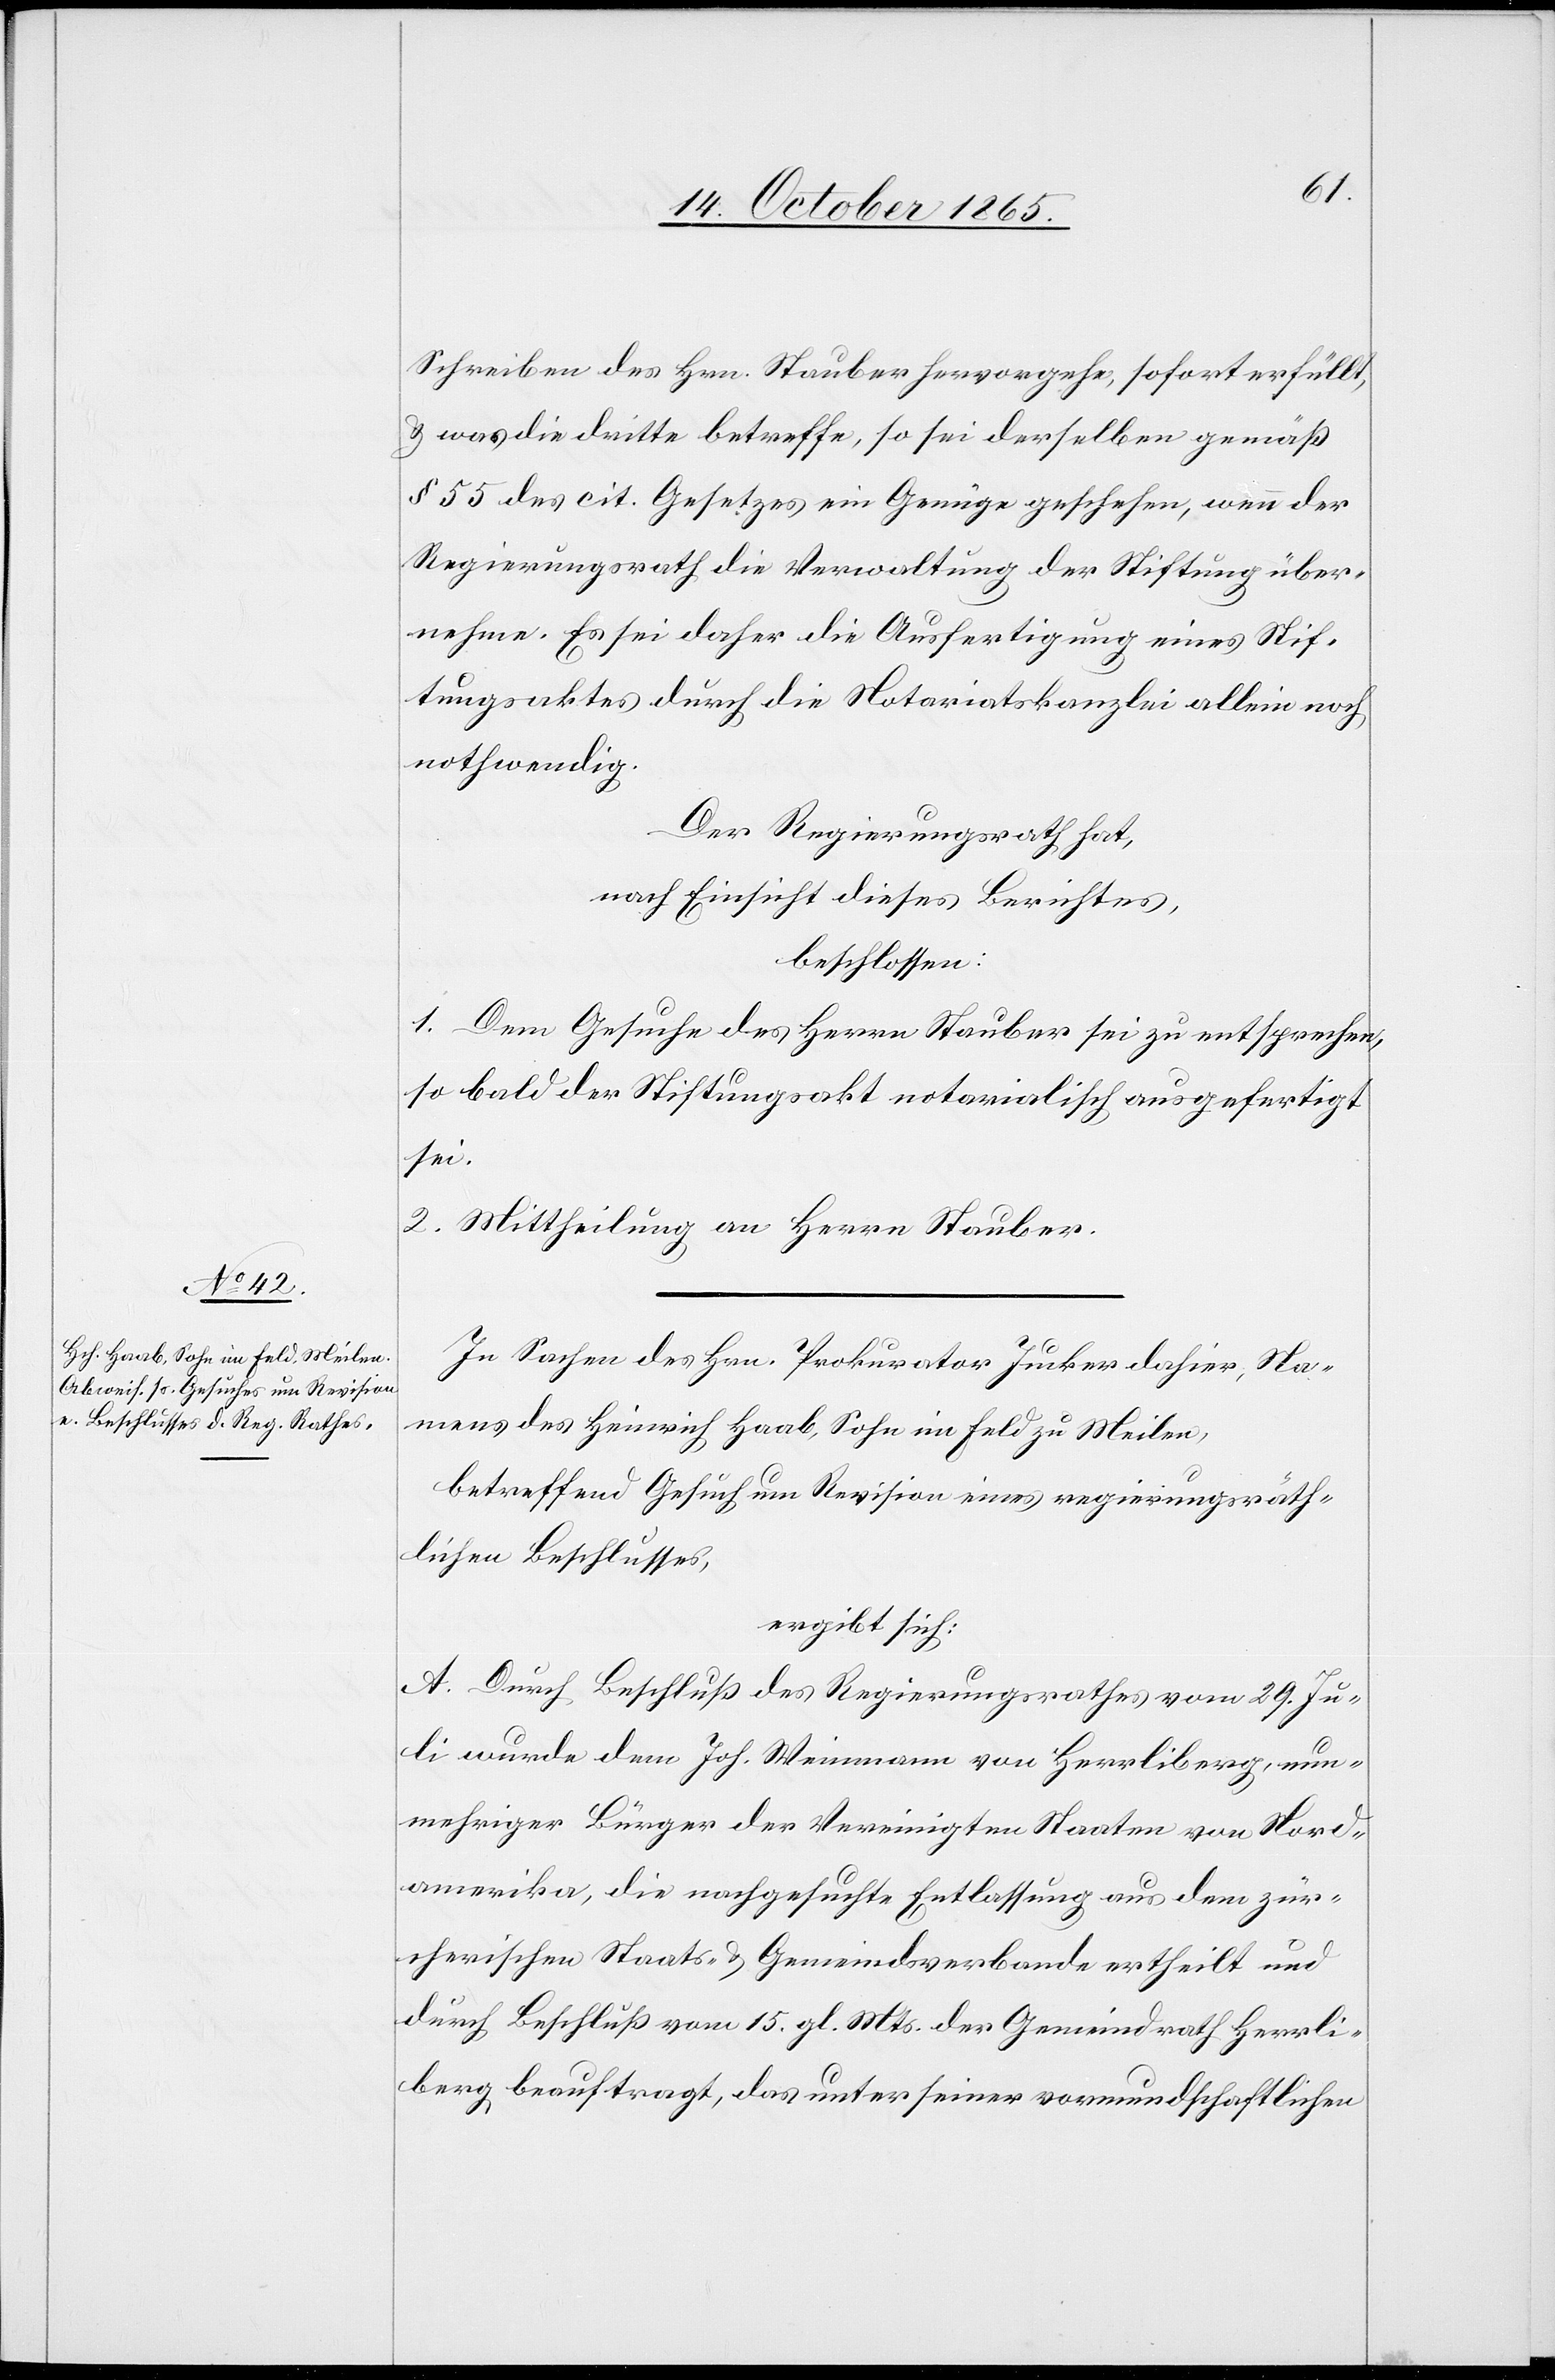
Schreiben des Hrn. Stauber hervorgehe, sofort erfüllt,
& was die dritte betreffe, so sei derselben gemäß
§ 55 des cit. Gesetzes ein Genüge geschehen, wenn der
Regierungsrath die Verwaltung der Stiftung über¬
nehme. Es sei daher die Ausfertigung eines Stif¬
tungsaktes durch die Notariatskanzlei allein noch
nothwendig.
Der Regierungsrath hat,
nach Einsicht dieses Berichtes,
beschlossen:
1. Dem Gesuche des Herrn Stauber sei zu entsprechen,
sobald der Stiftungsakt notarialisch ausgefertigt
sei.
2. Mittheilung an Herrn Stauber.
In Sachen des Hrn. Prokurator Jucker dahier, Na¬
mens des Heinrich Haab, Sohn im Feld zu Meilen,
betreffend Gesuch um Revision eines regierungsräth¬
lichen Beschlusses,
ergibt sich:
A. Durch Beschluß des Regierungsrathes vom 29. Ju¬
li wurde dem Joh. Weinmann von Herrliberg, nun¬
mehriger Bürger der Vereinigten Staaten von Nord¬
amerika, die nachgesuchte Entlassung aus dem zür¬
cherischen Staats- & Gemeindsverbande ertheilt und
durch Beschluß vom 15. gl. Mts. der Gemeindrath Herrli¬
berg beauftragt, das unter seiner vormundschaftlichen